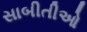
સાબીતીઓ